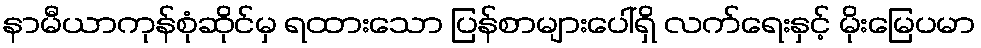
နာမီယာကုန်စုံဆိုင်မှ ရထားသော ပြန်စာများပေါ်ရှိ လက်ရေးနှင့် မိုးမြေပမာ